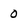
Character: 0